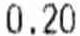
0.20